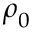
{ \boldsymbol { \rho } } _ { 0 }